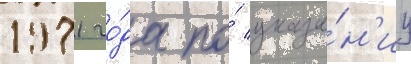
1971 го́да по́ указа́н'иу